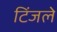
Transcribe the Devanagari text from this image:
टिंजले